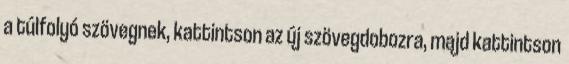
a túlfolyó szövegnek, kattintson az új szövegdobozra, majd kattintson